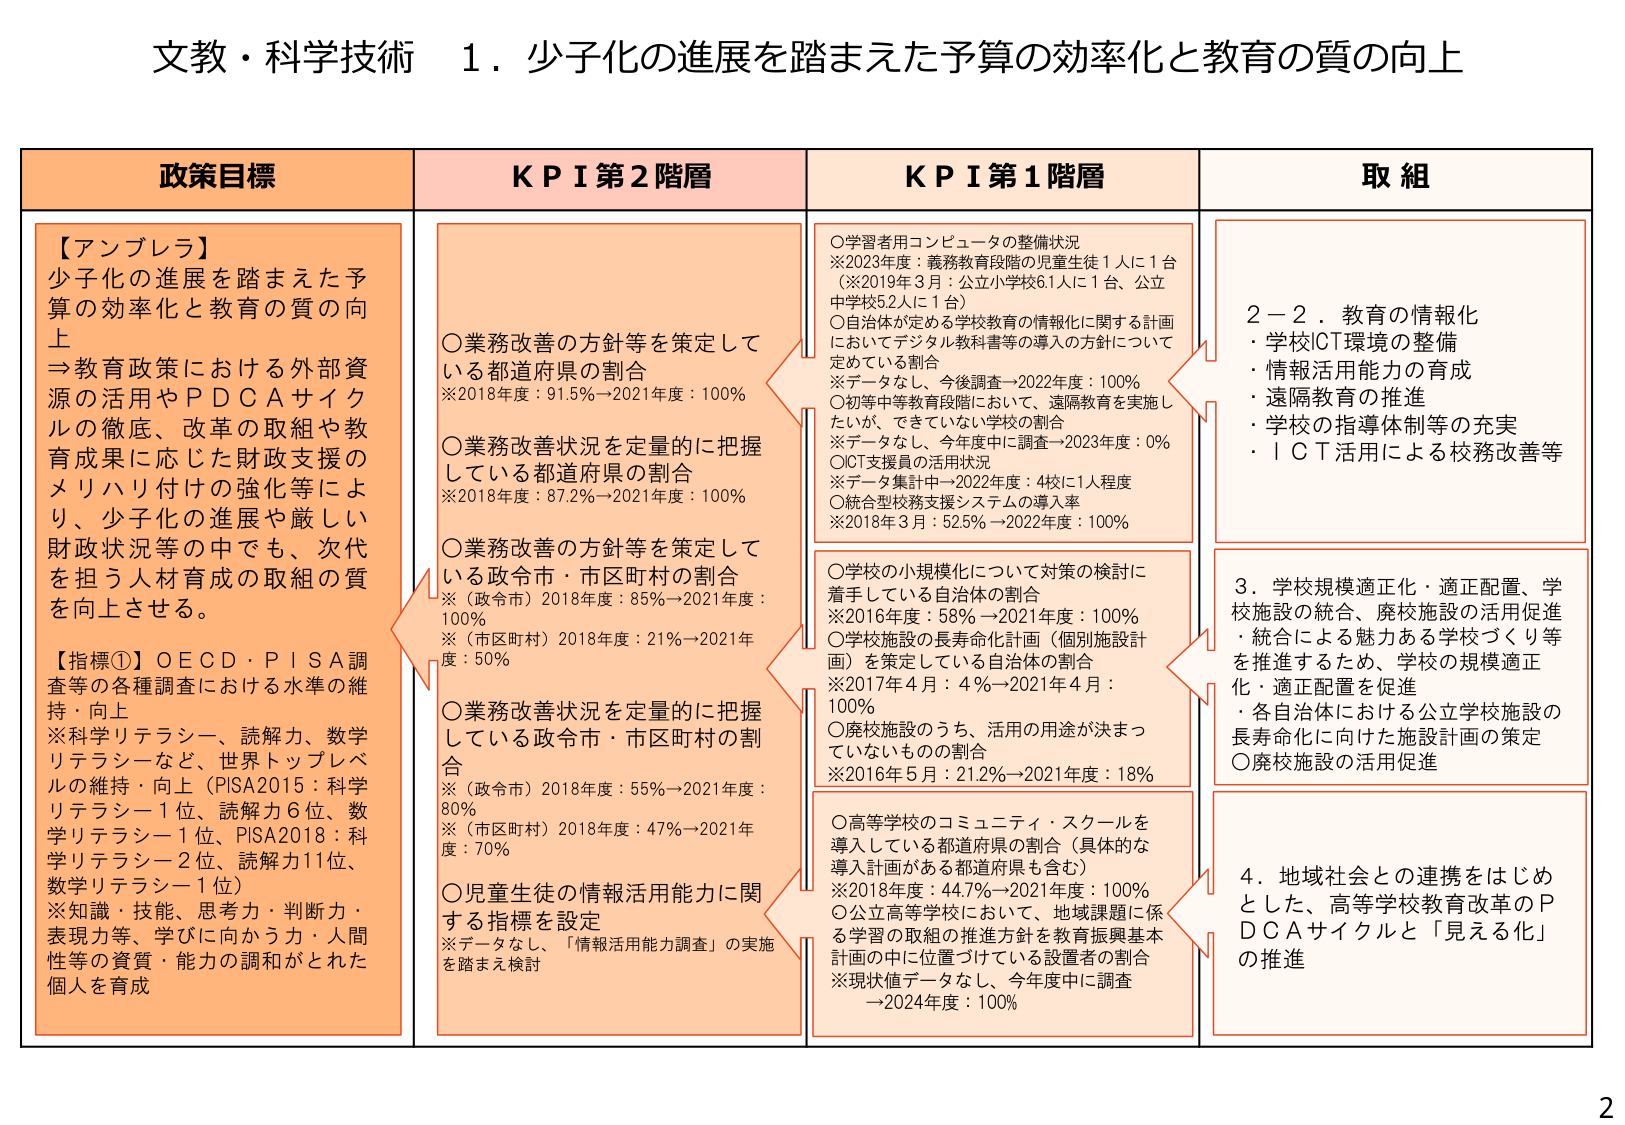
文教・科学技術　１．少子化の進展を踏まえた予算の効率化と教育の質の向上

政策目標

【アンブレラ】
少子化の進展を踏まえた予算の効率化と教育の質の向上
→教育政策における外部資源の活用やＰＤＣＡサイクルの徹底、改革の取組や教育成果に応じた財政支援のメリハリ付けの強化等により、少子化の進展や厳しい財政状況等の中でも、次世代を担う人材育成の取組の質を向上させる。

【指標①】ＯＥＣＤ・ＰＩＳＡ調査等の各種調査における水準の維持・向上
※科学リテラシー、読解力、数学リテラシーなど、世界トップレベルの維持・向上（PISA2015：科学リテラシー1位、読解力6位、数学リテラシー1位、PISA2018：科学リテラシー2位、読解力11位、数学リテラシー1位）
※知識・技能、思考力・判断力・表現力等、学びに向かう力・人間性等の資質・能力の調和がとれた個人を育成

ＫＰＩ第２階層

○業務改善の方針等を策定している都道府県の割合
※2018年度：91.5%→2021年度：100%

○業務改善状況を定量的に把握している都道府県の割合
※2018年度：87.2%→2021年度：100%

○業務改善の方針等を策定している政令市・市区町村の割合
※（政令市）2018年度：85%→2021年度：100%
※（市区町村）2018年度：21%→2021年度：50%

○業務改善状況を定量的に把握している政令市・市区町村の割合
※（政令市）2018年度：55%→2021年度：80%
※（市区町村）2018年度：47%→2021年度：70%

○児童生徒の情報活用能力に関する指標を設定
※データなし、「情報活用能力調査」の実施を踏まえ検討

ＫＰＩ第１階層

○学習者用コンピュータの整備状況
※2023年度：義務教育段階の児童生徒1人に1台
（※2019年3月：公立小学校6.1人に1台、公立中学校5.2人に1台）

○自治体が定める学校教育の情報化に関する計画においてデジタル教科書等の導入の方針について定めている割合
※データなし、今後調査→2022年度：100%

○初等中等教育段階において、遠隔教育を実施したいが、できていない学校の割合
※データなし、今年度中に調査→2023年度：0%

○ICT支援員の活用状況
※データ集計中→2022年度：4校に1人程度

○統合型校務支援システムの導入率
※2018年3月：52.5%→2022年度：100%

○学校の小規模化について対策の検討に着手している自治体の割合
※2016年度：58%→2021年度：100%

○学校施設の長寿命化計画（個別施設計画）を策定している自治体の割合
※2017年4月：4%→2021年4月：100%

○廃校施設のうち、活用の用途が決まっていないものの割合
※2016年5月：21.2%→2021年度：18%

○高等学校のコミュニティ・スクールを導入している都道府県の割合（具体的な導入計画がある都道府県も含む）
※2018年度：44.7%→2021年度：100%

○公立高等学校において、地域課題に係る学習の取組の推進方針を教育振興基本計画の中に位置づけている設置者の割合
※現状値データなし、今年度中に調査→2024年度：100%

取組

２－２．教育の情報化
・学校ICT環境の整備
・情報活用能力の育成
・遠隔教育の推進
・学校の指導体制等の充実
・ＩＣＴ活用による校務改善等

３．学校規模適正化・適正配置、学校施設の統合、廃校施設の活用促進
・統合による魅力ある学校づくり等を推進するため、学校の規模適正化・適正配置を促進
・各自治体における公立学校施設の長寿命化に向けた施設計画の策定
○廃校施設の活用促進

４．地域社会との連携をはじめとした、高等学校教育改革のＰＤＣＡサイクルと「見える化」の推進

2